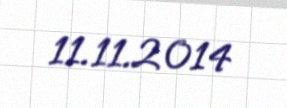
11.11.2014